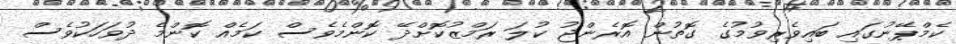
ކެމްޕޭނުގައި ބައިވެރިވުމުގެ ގޮތުން އޮރެންޖު ކުލަ ރަމްޒުކޮށްދޭ ކޮންމެވެސް ކަމެއް ކޮންމެ ދުވަހަކުވެސް